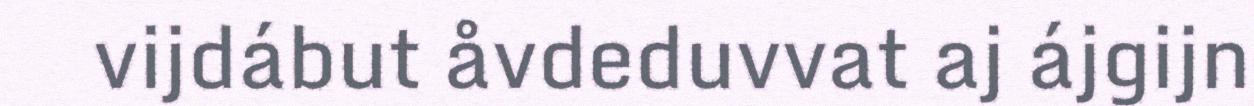
vijdábut åvdeduvvat aj ájgijn